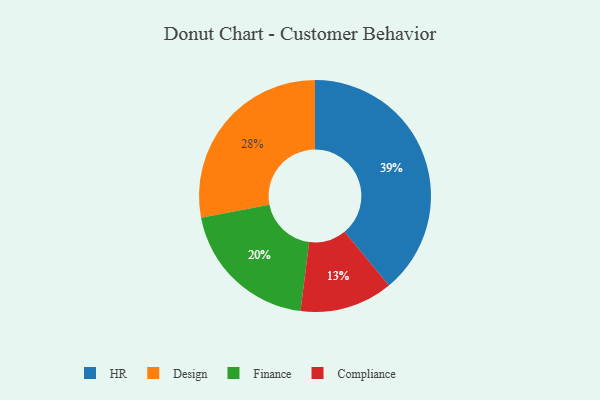
{"axis": {"x": "Category", "y": "Percentage"}, "legend": ["Compliance", "Design", "Finance", "HR"], "data": [{"x": "HR", "y": 39, "type": "HR"}, {"x": "Compliance", "y": 13, "type": "Compliance"}, {"x": "Finance", "y": 20, "type": "Finance"}, {"x": "Design", "y": 28, "type": "Design"}]}